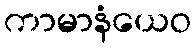
ကာမာနံယေဝ